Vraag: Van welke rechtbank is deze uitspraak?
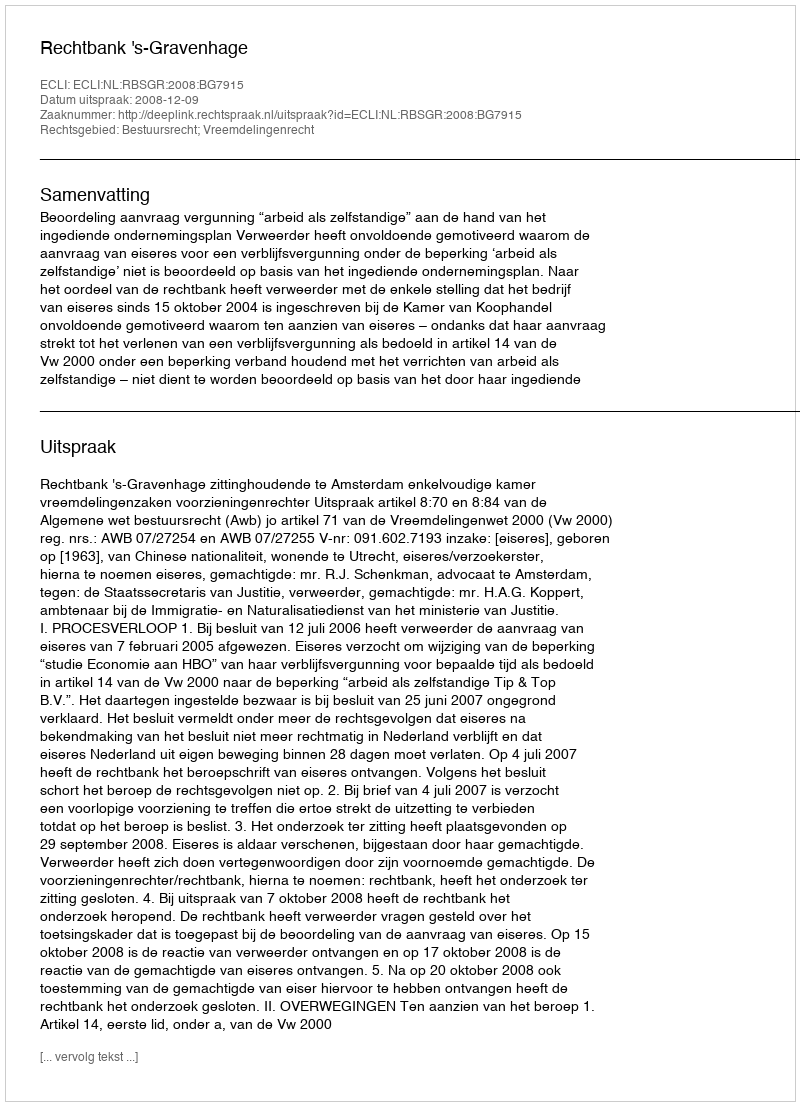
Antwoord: Rechtbank 's-Gravenhage